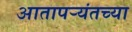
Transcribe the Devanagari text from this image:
आतापर्‍यंतच्या